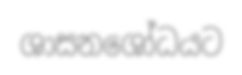
ශාසනශෝධයට